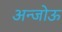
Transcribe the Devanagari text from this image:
अन्जोऊ